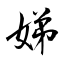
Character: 娣